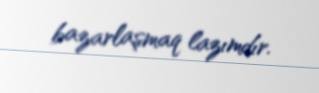
bazarlaşmaq lazımdır.